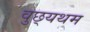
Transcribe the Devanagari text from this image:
वुछ्यथम